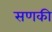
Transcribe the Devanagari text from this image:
सणकी